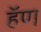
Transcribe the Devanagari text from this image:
हॅण